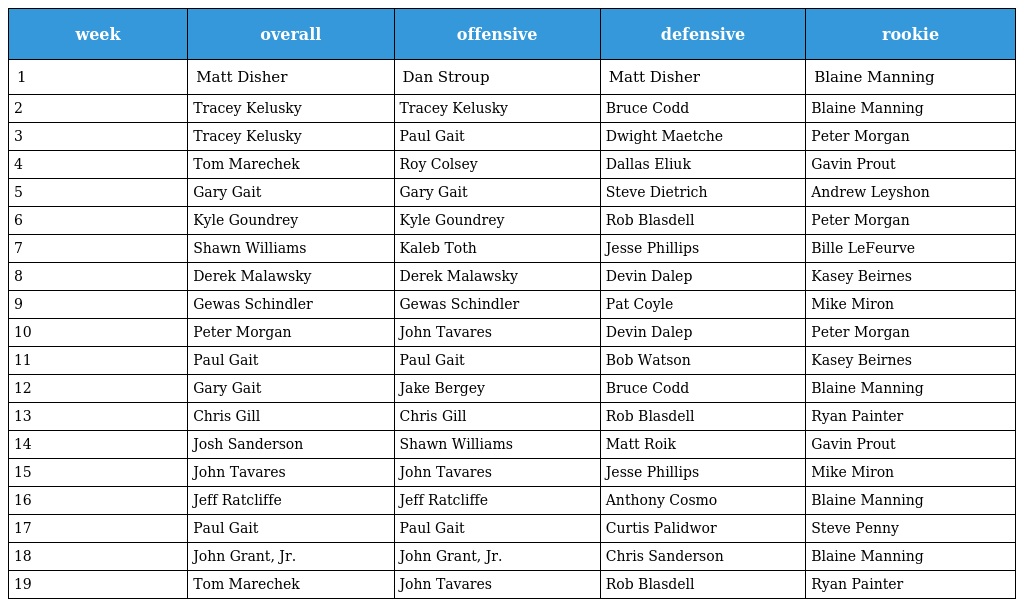
| week | overall | offensive | defensive | rookie |
 | --- | --- | --- | --- | --- |
 | 1 | Matt Disher | Dan Stroup | Matt Disher | Blaine Manning |
 | 2 | Tracey Kelusky | Tracey Kelusky | Bruce Codd | Blaine Manning |
 | 3 | Tracey Kelusky | Paul Gait | Dwight Maetche | Peter Morgan |
 | 4 | Tom Marechek | Roy Colsey | Dallas Eliuk | Gavin Prout |
 | 5 | Gary Gait | Gary Gait | Steve Dietrich | Andrew Leyshon |
 | 6 | Kyle Goundrey | Kyle Goundrey | Rob Blasdell | Peter Morgan |
 | 7 | Shawn Williams | Kaleb Toth | Jesse Phillips | Bille LeFeurve |
 | 8 | Derek Malawsky | Derek Malawsky | Devin Dalep | Kasey Beirnes |
 | 9 | Gewas Schindler | Gewas Schindler | Pat Coyle | Mike Miron |
 | 10 | Peter Morgan | John Tavares | Devin Dalep | Peter Morgan |
 | 11 | Paul Gait | Paul Gait | Bob Watson | Kasey Beirnes |
 | 12 | Gary Gait | Jake Bergey | Bruce Codd | Blaine Manning |
 | 13 | Chris Gill | Chris Gill | Rob Blasdell | Ryan Painter |
 | 14 | Josh Sanderson | Shawn Williams | Matt Roik | Gavin Prout |
 | 15 | John Tavares | John Tavares | Jesse Phillips | Mike Miron |
 | 16 | Jeff Ratcliffe | Jeff Ratcliffe | Anthony Cosmo | Blaine Manning |
 | 17 | Paul Gait | Paul Gait | Curtis Palidwor | Steve Penny |
 | 18 | John Grant, Jr. | John Grant, Jr. | Chris Sanderson | Blaine Manning |
 | 19 | Tom Marechek | John Tavares | Rob Blasdell | Ryan Painter |